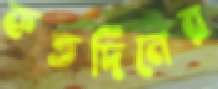
কতদিনের